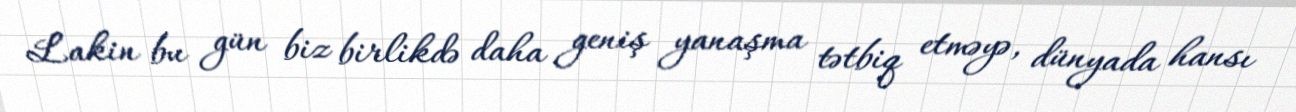
Lakin bu gün biz birlikdə daha geniş yanaşma tətbiq etməyə, dünyada hansı